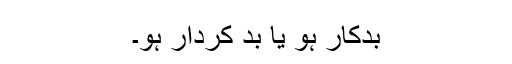
بدکار ہو یا بد کردار ہو۔